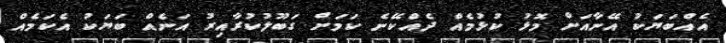
އެއްބަޔަކު އޭނާއަށް މޮޅު ކުޅުމެއް ދެއްކޭނެ ކަމަށް ގަބޫލުކުރާއިރު އަނެއް ބަޔަކު އެކަމެއް